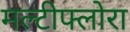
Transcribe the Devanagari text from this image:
मल्टीफ्लोरा